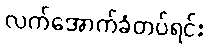
လက်အောက်ခံတပ်ရင်း